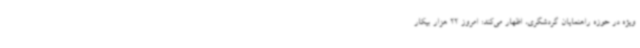
ویژه در حوزه راهنمایان گردشگری، اظهار می‌کند: امروز 22 هزار بیکار